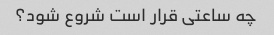
چه ساعتی قرار است شروع شود؟